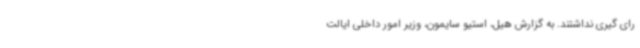
رای گیری نداشتند. به گزارش هیل، استیو سایمون، وزیر امور داخلی ایالت